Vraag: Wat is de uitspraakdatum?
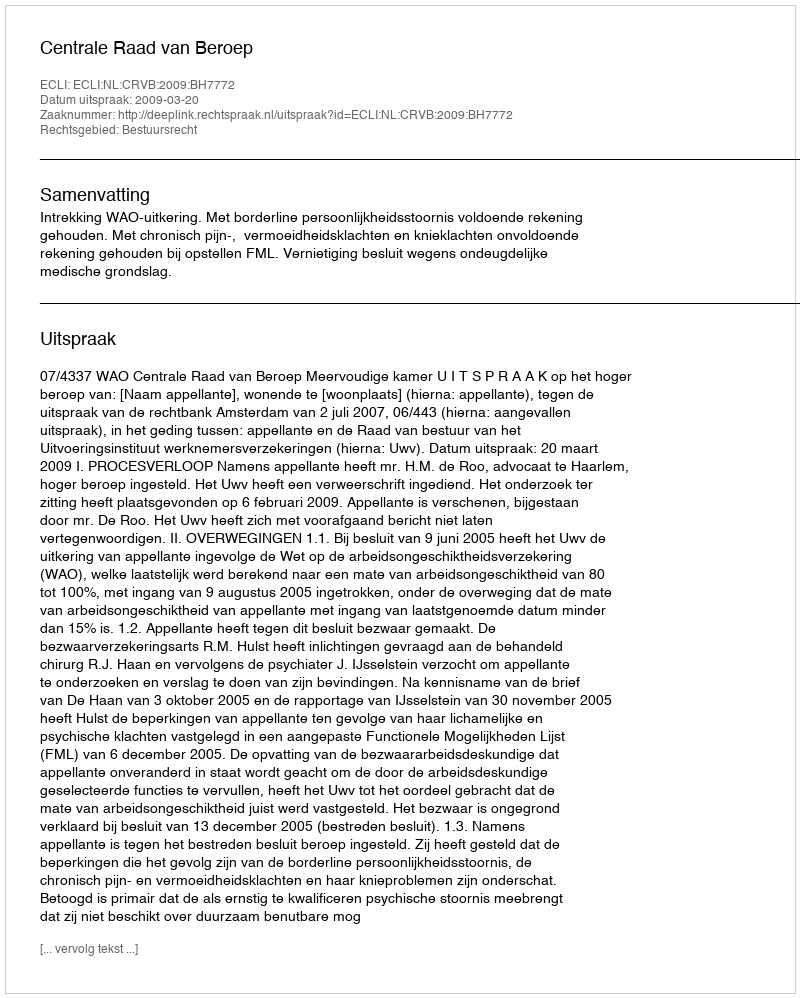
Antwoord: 2009-03-20